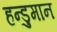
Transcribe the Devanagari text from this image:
हन्डुमान